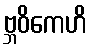
ဗ္ဘဝိကေဟိ